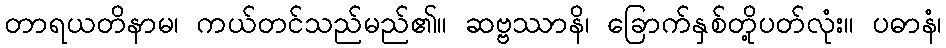
တာရယတိနာမ၊ ကယ်တင်သည်မည်၏။ ဆဗ္ဗဿာနိ၊ ခြောက်နှစ်တို့ပတ်လုံး။ ပဓာနံ၊